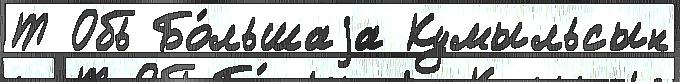
Т Обь Бо́льшаjа Кумыльсын